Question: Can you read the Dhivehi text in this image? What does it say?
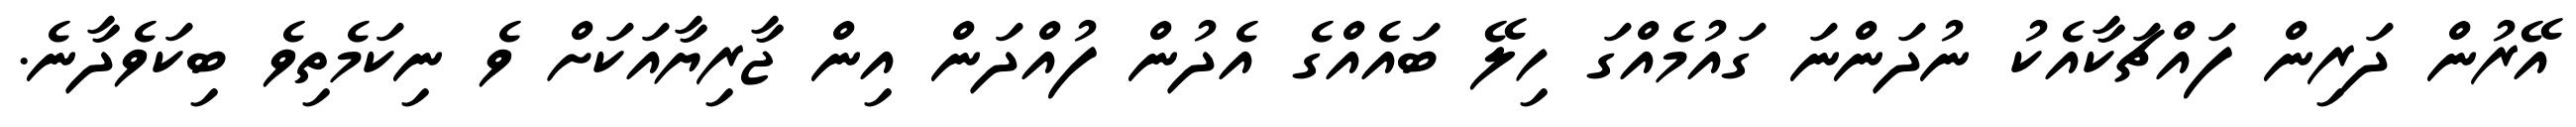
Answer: އޭރުން ދަރިން ފައްޗަކާއެކު ނުދަންނަ ގައުމެއްގަ ހިލޭ ބައެއްގެ އެދުން ފުއްދަން އިން ޖާރިޔާއަކަށް ވެ ނިކަމެތިވެ ބިކަވެދާނެ.